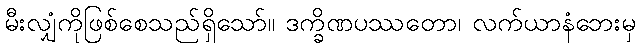
မီးလျှံကိုဖြစ်စေသည်ရှိသော်။ ဒက္ခိဏပဿတော၊ လက်ယာနံဘေးမှ